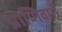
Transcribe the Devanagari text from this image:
प्राणिवर्गों